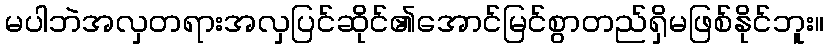
မပါဘဲအလှတရားအလှပြင်ဆိုင်၏အောင်မြင်စွာတည်ရှိမဖြစ်နိုင်ဘူး။